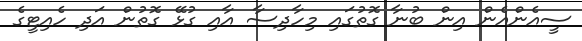
ސީއެންއެން އިން ބުނާ ގޮތުގައި މިހާދިސާ އާއި ގުޅޭ ގޮތުން އަދި ހެއިޓީގެ